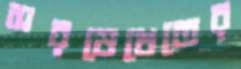
সরষেখেতের